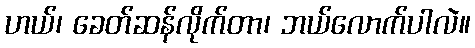
ဟယ်၊ ခေတ်ဆန်လိုက်တာ၊ ဘယ်လောက်ပါလဲ။